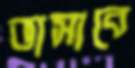
ভাসাবে